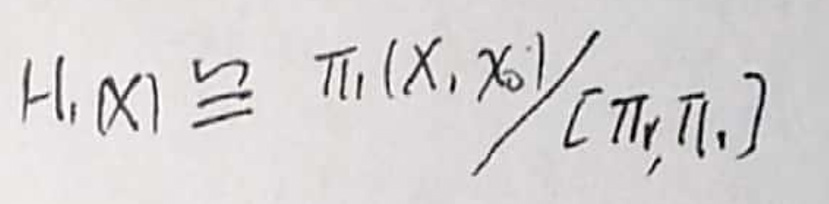
$H_1(x) \triangleq \pi_1(x,x_0) /[\pi_y,\pi_1]$